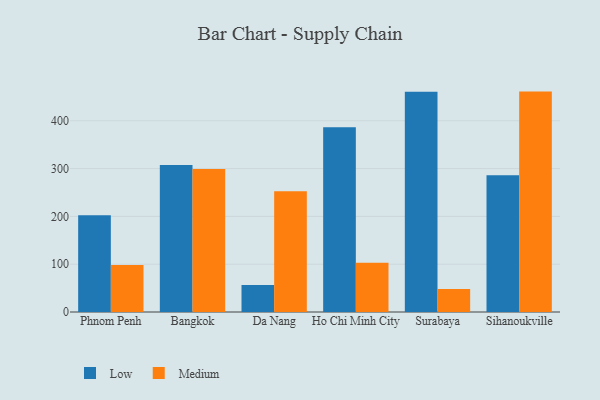
{"axis": {"x": "City", "y": "Budget (USD K)"}, "legend": ["Low", "Medium"], "data": [{"x": "Phnom Penh", "y": 202.6, "type": "Low"}, {"x": "Phnom Penh", "y": 98.5, "type": "Medium"}, {"x": "Bangkok", "y": 307.7, "type": "Low"}, {"x": "Bangkok", "y": 298.9, "type": "Medium"}, {"x": "Da Nang", "y": 56.4, "type": "Low"}, {"x": "Da Nang", "y": 252.6, "type": "Medium"}, {"x": "Ho Chi Minh City", "y": 386.2, "type": "Low"}, {"x": "Ho Chi Minh City", "y": 103.1, "type": "Medium"}, {"x": "Surabaya", "y": 460.7, "type": "Low"}, {"x": "Surabaya", "y": 48.0, "type": "Medium"}, {"x": "Sihanoukville", "y": 286.2, "type": "Low"}, {"x": "Sihanoukville", "y": 461.0, "type": "Medium"}]}